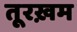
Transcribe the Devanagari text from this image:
तूरख़म